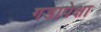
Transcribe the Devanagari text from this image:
गडापेक्षा